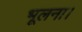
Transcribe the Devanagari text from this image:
भूलना।